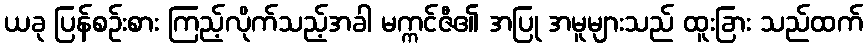
ယခု ပြန်စဉ်းစား ကြည့်လိုက်သည့်အခါ မက္ကင်ဇီ၏ အပြု အမူများသည် ထူးခြား သည်ထက်